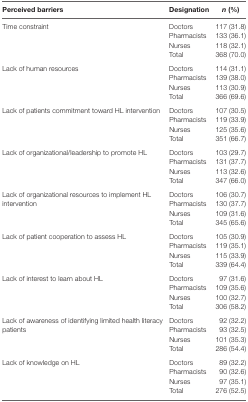
<table><thead><tr><td><b>Perceived barriers</b></td><td><b>Designation</b></td><td><b><i>n</i> (%)</b></td></tr></thead><tbody><tr><td rowspan="4">Time constraint</td><td>Doctors</td><td>117 (31.8)</td></tr><tr><td>Pharmacists</td><td>133 (36.1)</td></tr><tr><td>Nurses</td><td>118 (32.1)</td></tr><tr><td>Total</td><td>368 (70.0)</td></tr><tr><td rowspan="4">Lack of human resources</td><td>Doctors</td><td>114 (31.1)</td></tr><tr><td>Pharmacists</td><td>139 (38.0)</td></tr><tr><td>Nurses</td><td>113 (30.9)</td></tr><tr><td>Total</td><td>366 (69.6)</td></tr><tr><td rowspan="4">Lack of patients commitment toward HL intervention</td><td>Doctors</td><td>107 (30.5)</td></tr><tr><td>Pharmacists</td><td>119 (33.9)</td></tr><tr><td>Nurses</td><td>125 (35.6)</td></tr><tr><td>Total</td><td>351 (66.7)</td></tr><tr><td rowspan="4">Lack of organizational/leadership to promote HL</td><td>Doctors</td><td>103 (29.7)</td></tr><tr><td>Pharmacists</td><td>131 (37.7)</td></tr><tr><td>Nurses</td><td>113 (32.6)</td></tr><tr><td>Total</td><td>347 (66.0)</td></tr><tr><td rowspan="4">Lack of organizational resources to implement HL intervention</td><td>Doctors</td><td>106 (30.7)</td></tr><tr><td>Pharmacists</td><td>130 (37.7)</td></tr><tr><td>Nurses</td><td>109 (31.6)</td></tr><tr><td>Total</td><td>345 (65.6)</td></tr><tr><td rowspan="4">Lack of patient cooperation to assess HL</td><td>Doctors</td><td>105 (30.9)</td></tr><tr><td>Pharmacists</td><td>119 (35.1)</td></tr><tr><td>Nurses</td><td>115 (33.9)</td></tr><tr><td>Total</td><td>339 (64.4)</td></tr><tr><td rowspan="4">Lack of interest to learn about HL</td><td>Doctors</td><td>97 (31.6)</td></tr><tr><td>Pharmacists</td><td>109 (35.6)</td></tr><tr><td>Nurses</td><td>100 (32.7)</td></tr><tr><td>Total</td><td>306 (58.2)</td></tr><tr><td rowspan="4">Lack of awareness of identifying limited health literacy patients</td><td>Doctors</td><td>92 (32.2)</td></tr><tr><td>Pharmacists</td><td>93 (32.5)</td></tr><tr><td>Nurses</td><td>101 (35.3)</td></tr><tr><td>Total</td><td>286 (54.4)</td></tr><tr><td rowspan="4">Lack of knowledge on HL</td><td>Doctors</td><td>89 (32.2)</td></tr><tr><td>Pharmacists</td><td>90 (32.6)</td></tr><tr><td>Nurses</td><td>97 (35.1)</td></tr><tr><td>Total</td><td>276 (52.5)</td></tr></tbody></table>